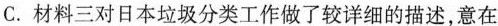
C材料三对日本垃圾分类工作做了较详细的描述，意在